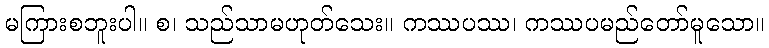
မကြားစဘူးပါ။ စ၊ သည်သာမဟုတ်သေး။ ကဿပဿ၊ ကဿပမည်တော်မူသော။